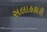
સલાહકારી